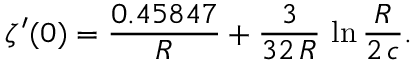
\zeta ^ { \prime } ( 0 ) = \frac { 0 . 4 5 8 4 7 } { R } + \frac { 3 } { 3 2 \, R } \, \ln \frac { R } { 2 \, c } .